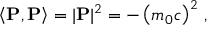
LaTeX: \left\langle \mathbf { P } , \mathbf { P } \right\rangle = | \mathbf { P } | ^ { 2 } = - \left( m _ { 0 } c \right) ^ { 2 } \, ,